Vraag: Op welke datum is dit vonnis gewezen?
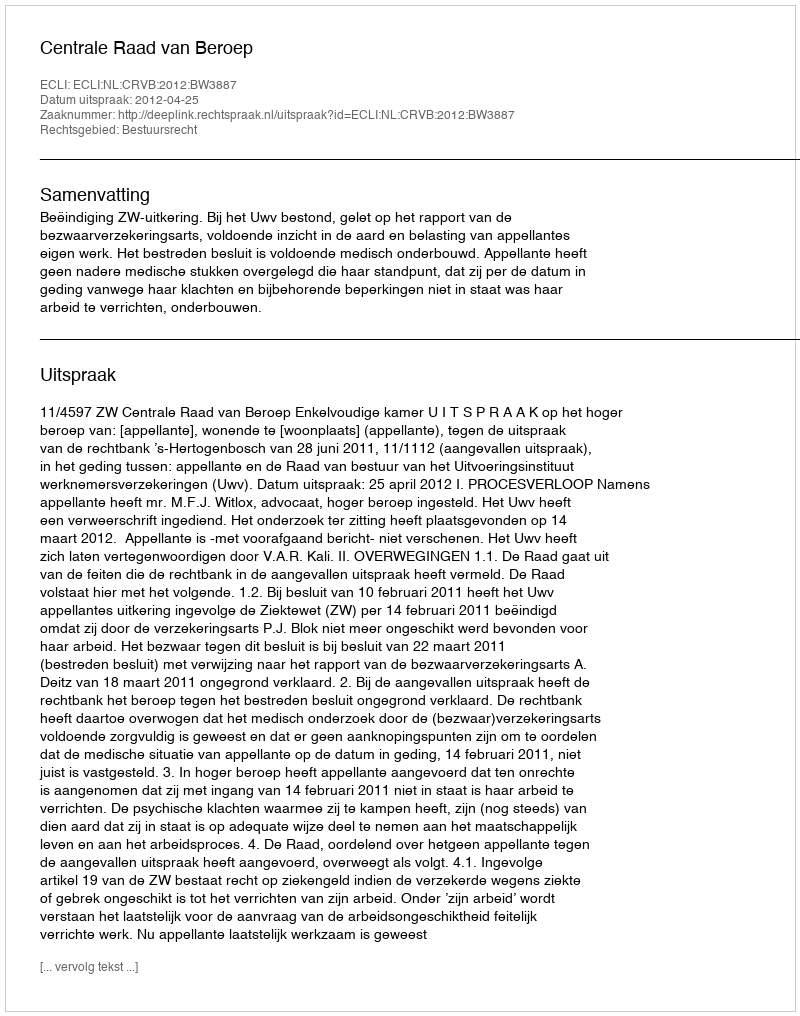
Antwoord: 2012-04-25